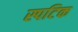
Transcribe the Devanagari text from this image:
स्पटिक